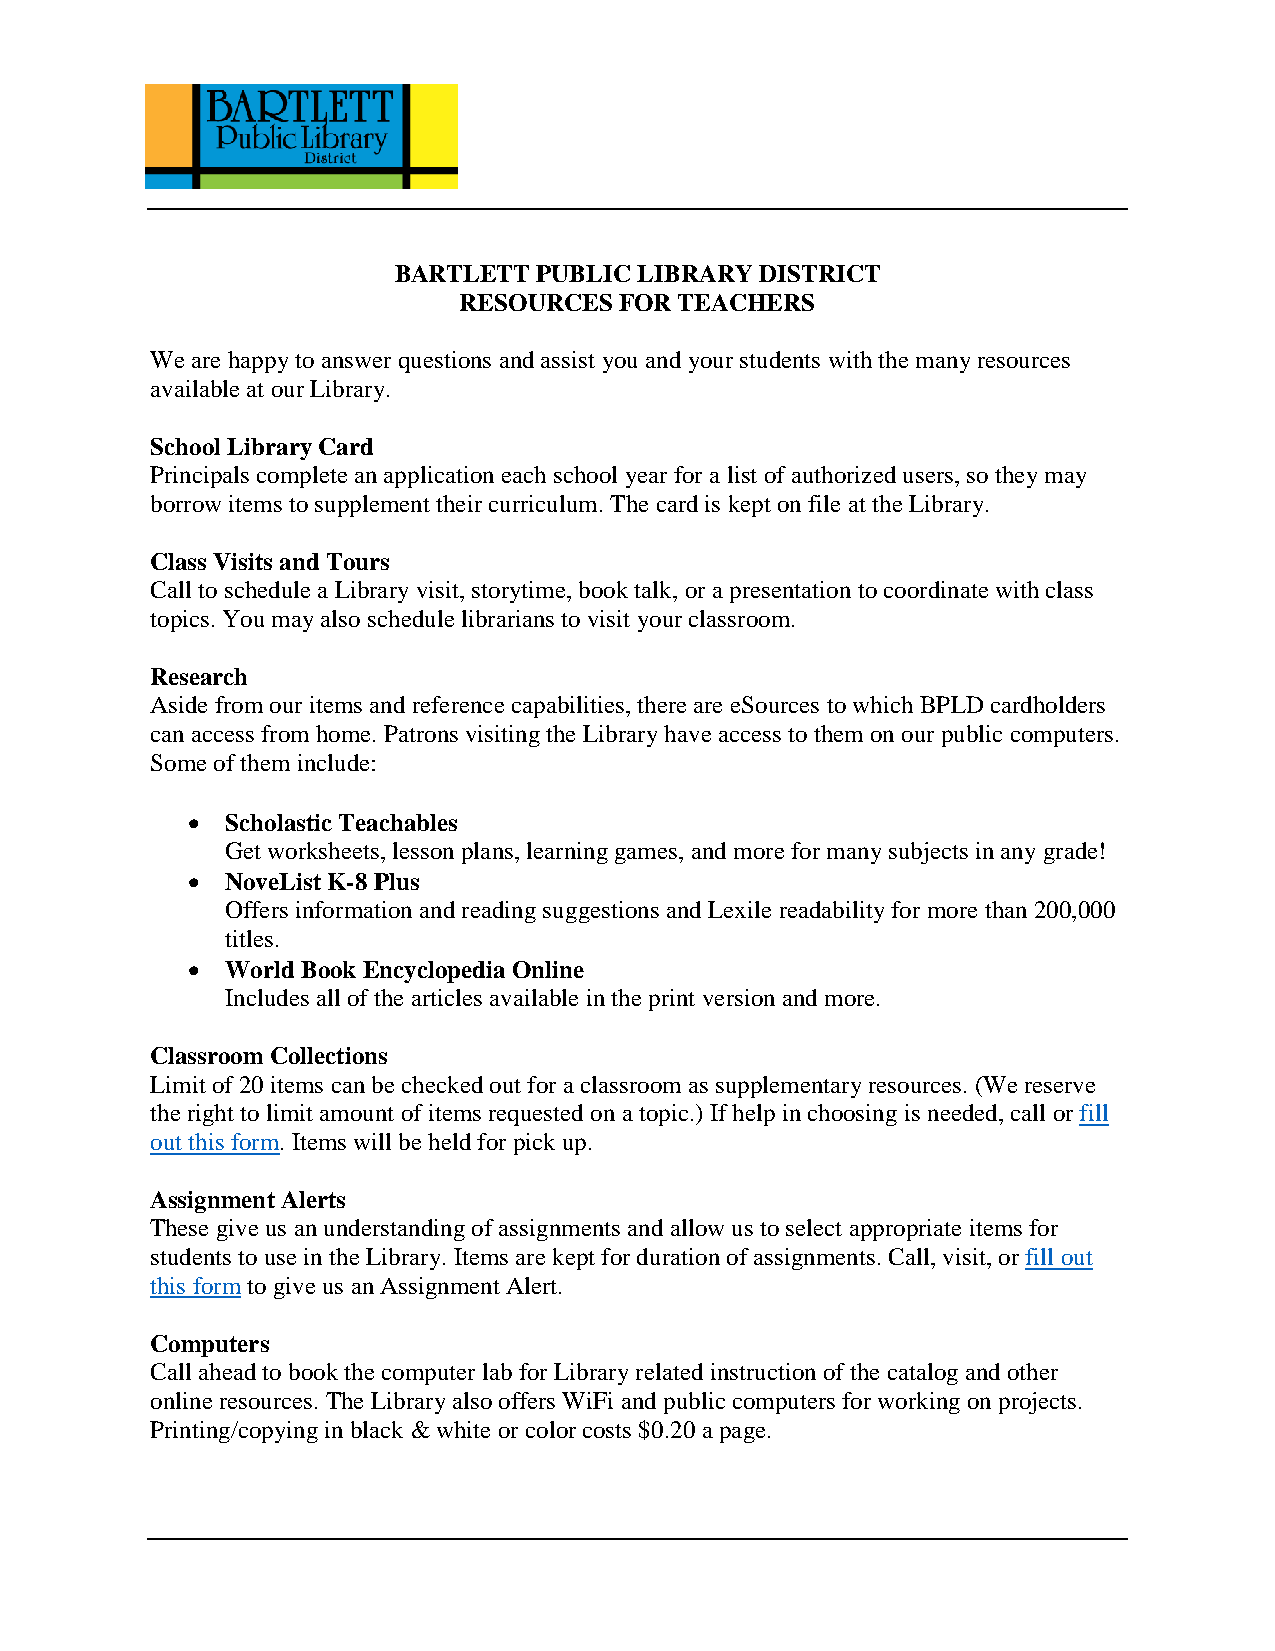
BARTLETT  PUBLIC LIBRARY DISTRICT
 RESOURCES  FOR TEACHERS
 We are happy to answer questions and assist you and your students with the many resources
 available at our Library.
 School Library Card
 Principals complete an application each school year for a list of authorized users, so they may
 borrow items to supplement their curriculum. The card is kept on file at the Library.
 Class Visits and Tours
 Call to schedule a Library visit, storytime, book talk, or a presentation to coordinate with class
 topics. You may also schedule librarians to visit your classroom.
 Research
 Aside from our items and reference capabilities, there are eSources to which BPLD cardholders
 can access from home. Patrons visiting the Library have access to them on our public computers.
 Some of them include:
 •  Scholastic Teachables
 Get worksheets, lesson plans, learning games, and more for many subjects in any grade!
 •  NoveList K-8 Plus
 Offers information and reading suggestions and Lexile readability for more than 200,000
 titles.
 •  World Book Encyclopedia Online
 Includes all of the articles available in the print version and more.
 Classroom Collections
 Limit of 20 items can be checked out for a classroom as supplementary resources. (We reserve
 the right to limit amount of items requested on a topic.) If help in choosing is needed, call or fill
 out this form. Items will be held for pick up.
 Assignment Alerts
 These give us an understanding of assignments and allow us to select appropriate items for
 students to use in the Library. Items are kept for duration of assignments. Call, visit, or fill out
 this form to give us an Assignment Alert.
 Computers
 Call ahead to book the computer lab for Library related instruction of the catalog and other
 online resources. The Library also offers WiFi and public computers for working on projects.
 Printing/copying in black & white or color costs $0.20 a page.